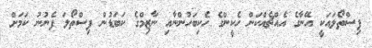
ފިސްތޯލައަކީ އޭނާގެ އެއްޗެއްކަން ހެކީންގެ ހެކިބަހުންނާއި ނާޒިމްގެ ކަބަޑުން ފިސްތޯލަ ފެނުނު ކަމަށް